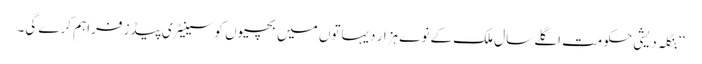
‘‘ بنگلہ دیشی حکومت اگلے سال ملک کے نوے ہزار دیہاتوں میں بچیوں کو سینیٹری پیڈز فراہم کرے گی۔